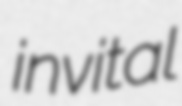
invital